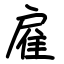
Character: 雇